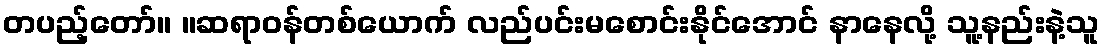
တပည့်တော်။ ။ဆရာဝန်တစ်ယောက် လည်ပင်းမစောင်းနိုင်အောင် နာနေလို့ သူ့နည်းနဲ့သူ